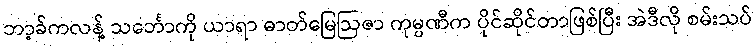
ဘာ့ခ်ကလန့် သင်္ဘောကို ယာရာ ဓာတ်မြေဩဇာ ကုမ္ပဏီက ပိုင်ဆိုင်တာဖြစ်ပြီး အဲဒီလို စမ်းသပ်